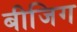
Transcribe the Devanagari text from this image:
बीजिग